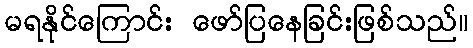
မရနိုင်ကြောင်း ဖော်ပြနေခြင်းဖြစ်သည်။